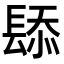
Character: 𫔗